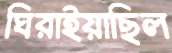
ঘিরাইয়াছিল